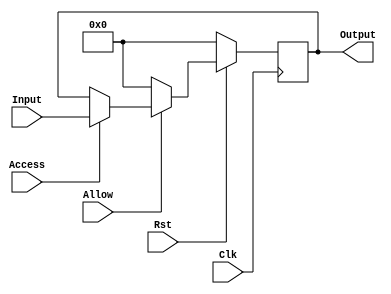
//Course Number:6370

module LoadReg(Input,Output,Allow,Access,Clk,Rst);
 input[3:0]Input;
 input Allow,Access,Clk,Rst;
 output [3:0]Output;
 reg [3:0]Output;
 reg X;
 always@(posedge Clk)
  begin
   if (Rst==0)
    begin
    Output=4'b0;
    end
  else
   begin
    if (Allow==1)
     begin
     if (Access==1) 
       begin
        Output<=Input;
       end
      end
      else
       begin
        Output=4'b0;
       end
   end
 end
endmodule